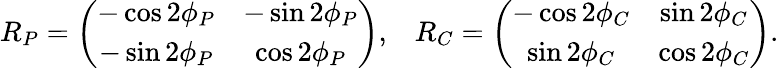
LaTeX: \begin{array}{cc}{{R_{P}=\left(\begin{array}{cc}{{-\cos 2\phi_{P}}}&{{-\sin 2\phi_{P}}}\\ {{-\sin 2\phi_{P}}}&{{\cos 2\phi_{P}}}\end{array}\right),}}&{{R_{C}=\left(\begin{array}{cc}{{-\cos 2\phi_{C}}}&{{\sin 2\phi_{C}}}\\ {{\sin 2\phi_{C}}}&{{\cos 2\phi_{C}}}\end{array}\right).}}\end{array}